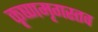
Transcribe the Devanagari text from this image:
कृष्णमृगस्तव